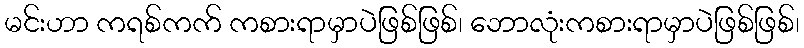
မင်းဟာ ကရစ်ကက် ကစားရာမှာပဲဖြစ်ဖြစ်၊ ဘောလုံးကစားရာမှာပဲဖြစ်ဖြစ်၊